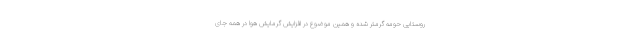
روستایی حومه گرمتر شده و همین موضوع در افزایش گرمایش هوا در همه جای